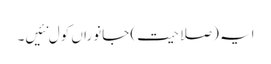
ایہ (صلاحیت) جانوراں کول نئیں۔